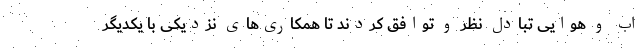
اب و هوایی تبادل نظر و توافق کردند تا همکاری‌های نزدیکی با یکدیگر